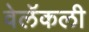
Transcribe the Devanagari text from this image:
वेलॅकली